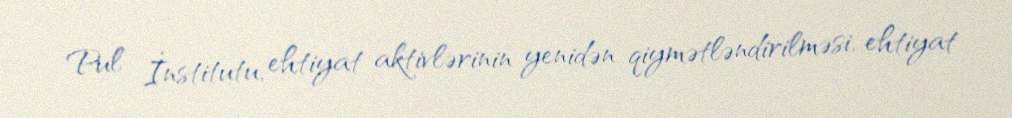
Pul İnstitutu, ehtiyat aktivlərinin yenidən qiymətləndirilməsi, ehtiyat